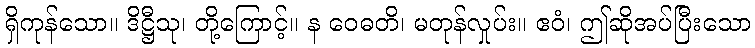
ရှိကုန်သော။ ဒိဋ္ဌီသု၊ တို့ကြောင့်။ န ဝေဓတိ၊ မတုန်လှုပ်း။ ဧဝံ၊ ဤဆိုအပ်ပြီးသော